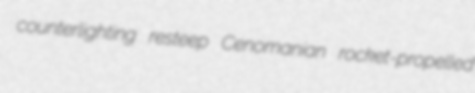
counterlighting resteep Cenomanian rocket-propelled